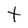
Character: t